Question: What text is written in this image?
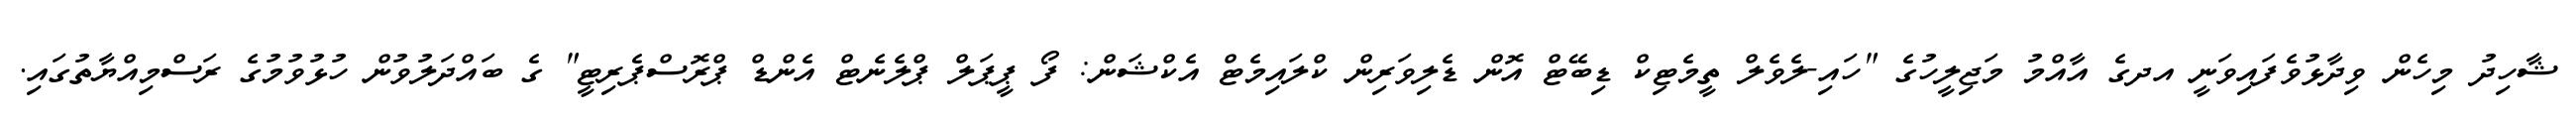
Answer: ޝާހިދު މިހެން ވިދާޅުވެފައިވަނީ އދގެ އާއްމު މަޖިލީހުގެ "ހައި-ލެވެލް ތީމެޓިކް ޑިބޭޓް އޮން ޑެލިވަރިން ކްލައިމެޓް އެކްޝަން: ފޯ ޕީޕަލް ޕްލެނެޓް އެންޑް ޕްރޮސްޕެރިޓީ" ގެ ބައްދަލުވުން ހުޅުވުމުގެ ރަސްމިއްޔާތުގައި.